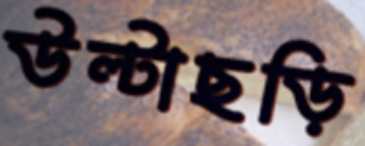
উল্টাছড়ি